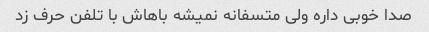
صدا خوبی داره ولی متسفانه نمیشه باهاش با تلفن حرف زد